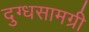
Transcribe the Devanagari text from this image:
दुग्धसामग्री